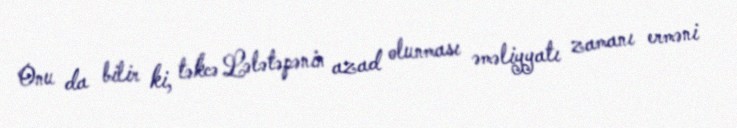
Onu da bilir ki, təkcə Lələtəpənin azad olunması əməliyyatı zamanı erməni